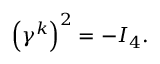
\left( \gamma ^ { k } \right) ^ { 2 } = - I _ { 4 } .